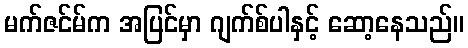
မက်ဇင်မ်က အပြင်မှာ ဂျက်စ်ပါနှင့် ဆော့နေသည်။